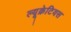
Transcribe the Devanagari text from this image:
ल्यूक्रेटियस